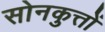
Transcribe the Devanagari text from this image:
सोनकुत्तों